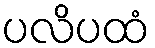
ပလိပထံ